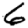
Digit: 6